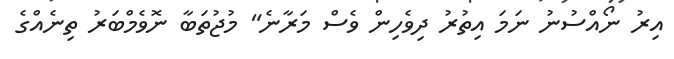
އިރު ނޯއްސުނު ނަމަ އިތުރު ދިވެހިން ވެސް މަރާނެ" މުޖުތަބާ ނޮވެމްބަރު ތިނެއްގެ